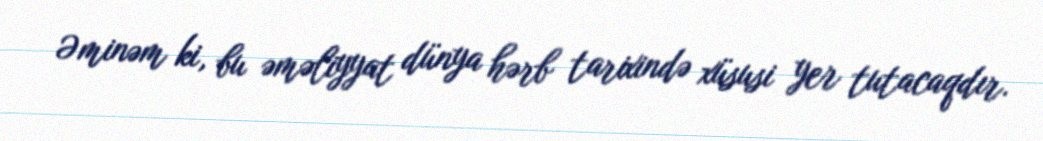
Əminəm ki, bu əməliyyat dünya hərb tarixində xüsusi yer tutacaqdır.